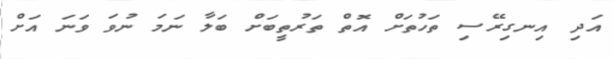
އަދި އިނގިރޭސި ތަހުތަށް އޮތް ތަރުތީބަށް ބަލާ ނަމަ ނުވަ ވަނަ އަށް